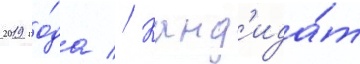
2019 го́да // Канд'ида́т